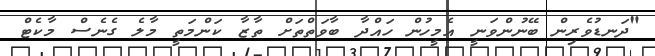
"ދަނޑުވެރިން ބޭނުންވަނީ އެމީހުން ހައްދާ ބާވަތްތަށް ތާޒާ ކަންމަތީ މާލެ ގެނެސް މާކެޓް